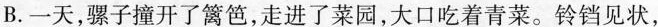
B.一天，骡子撞开了篱笆，走进了菜园，大口吃着青菜。铃铛见状，